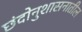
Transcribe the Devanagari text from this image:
छंदोनुशासनातील